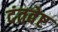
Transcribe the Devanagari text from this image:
दंतवेष्ट